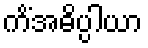
ကိံအဓိပ္ပါယာ